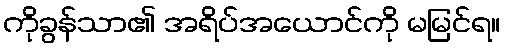
ကိုခွန်သာ၏ အရိပ်အယောင်ကို မမြင်ရ။